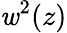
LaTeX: \mathit{w}^{2}(z)